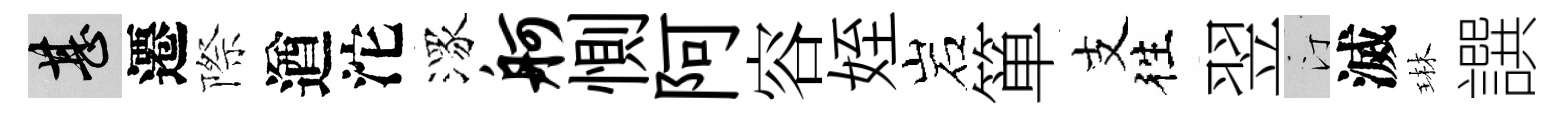
甚遷際遒沱潈舸惻阿容姪岩箪支徃翌汀滅琳譔